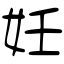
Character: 妊